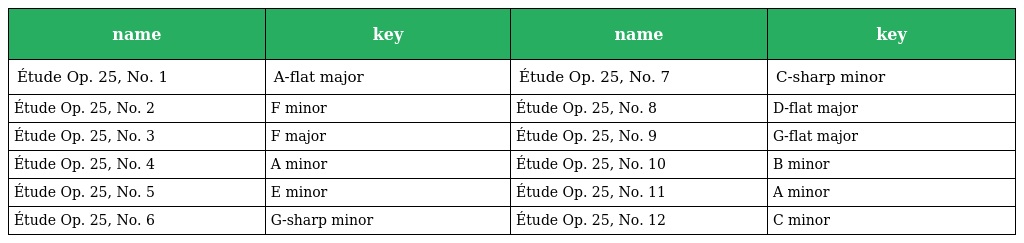
| name | key | name | key |
 | --- | --- | --- | --- |
 | Étude Op. 25, No. 1 | A-flat major | Étude Op. 25, No. 7 | C-sharp minor |
 | Étude Op. 25, No. 2 | F minor | Étude Op. 25, No. 8 | D-flat major |
 | Étude Op. 25, No. 3 | F major | Étude Op. 25, No. 9 | G-flat major |
 | Étude Op. 25, No. 4 | A minor | Étude Op. 25, No. 10 | B minor |
 | Étude Op. 25, No. 5 | E minor | Étude Op. 25, No. 11 | A minor |
 | Étude Op. 25, No. 6 | G-sharp minor | Étude Op. 25, No. 12 | C minor |